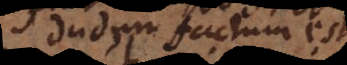
dudum factum est